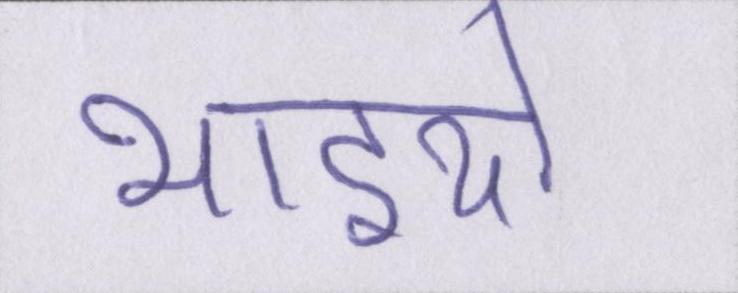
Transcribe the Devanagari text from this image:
भाइयो